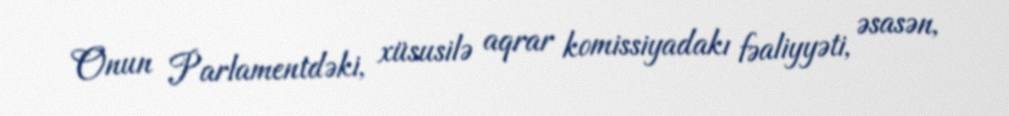
Onun Parlamentdəki, xüsusilə aqrar komissiyadakı fəaliyyəti, əsasən,